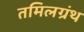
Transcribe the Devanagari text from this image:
तमिलग्रंथ